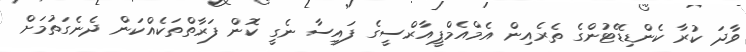
ވާދަ ކުރާ ކެންޑިޑޭޓުންގެ ތެރެއިން އެމްއެމްޕީއާރްސީގެ ފައިސާ ނެގީ ކޮން ފަރާތްތަކެއްކަން ދެނެގަތުމަށް